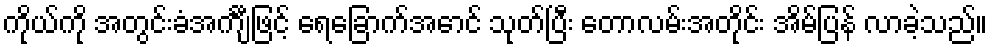
ကိုယ်ကို အတွင်းခံအင်္ကျီဖြင့် ရေခြောက်အောင် သုတ်ပြီး တောလမ်းအတိုင်း အိမ်ပြန် လာခဲ့သည်။